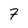
Character: 7